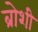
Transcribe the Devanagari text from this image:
ब्रोशी